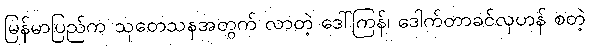
မြန်မာပြည်က သုတေသနအတွက် လာတဲ့ ဒေါ်ကြန်၊ ဒေါက်တာခင်လှဟန် စတဲ့